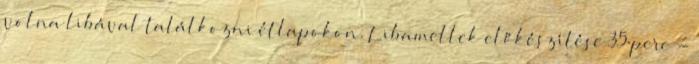
volna libával találkozni étlapokon. Libamellek előkészítése 35 perc -